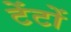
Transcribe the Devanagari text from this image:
टेंटों